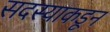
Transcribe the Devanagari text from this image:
सदस्याकडून